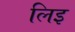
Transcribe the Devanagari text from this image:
लिइ